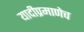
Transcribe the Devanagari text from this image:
यादीप्रमाणेच